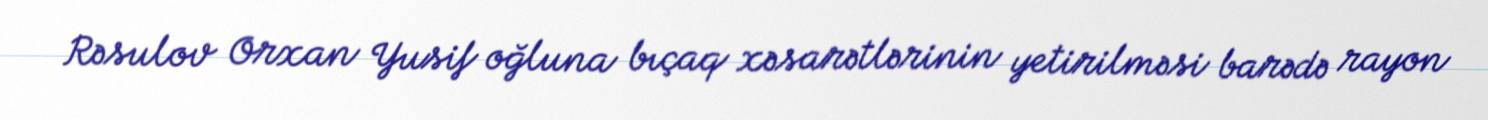
Rəsulov Orxan Yusif oğluna bıçaq xəsarətlərinin yetirilməsi barədə rayon